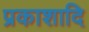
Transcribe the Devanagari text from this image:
प्रकाशादि